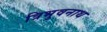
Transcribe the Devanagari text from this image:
त्रिभुवनाथ